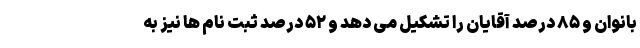
بانوان و ۸۵ درصد آقایان را تشکیل می دهد و ۵۲ درصد ثبت نام ها نیز به